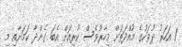
1 އަހަރު ދުވަހުގެ މުއްދަތަށް މިހާރުވެސް ކުރިއަށް އެބަ ގެންދާ ކަމަށާއި މި